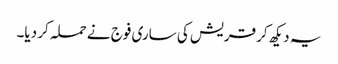
یہ دیکھ کر قریش کی ساری فوج نے حملہ کر دیا۔